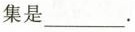
集是___.